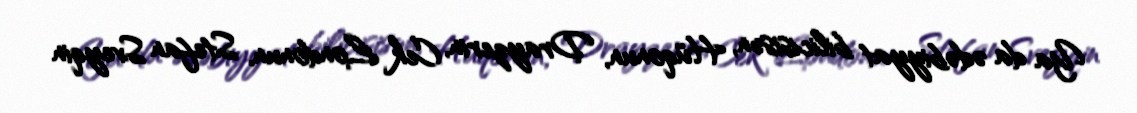
Ya da ədəbiyyat bilicisisən, Hüqonun, Drayzerin, Cek Londonun, Stefan Sveyqin